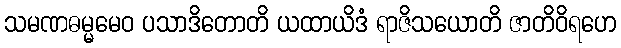
သမဏဓမ္မမေဝ ပသာဒိတောတိ ယထာယိဒံ ရာဇိသယောတိ ဇာတိဝိရဟေ